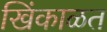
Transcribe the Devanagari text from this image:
खिंकाळत